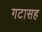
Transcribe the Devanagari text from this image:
गटासह